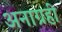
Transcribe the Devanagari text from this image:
अनाग्रही